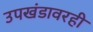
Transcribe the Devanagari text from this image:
उपखंडावरही